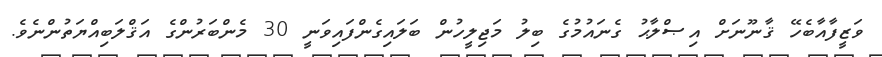
ވަޒީފާއާބެހޭ ޤާނޫނަށް އިޞްލާޙު ގެނައުމުގެ ބިލު މަޖިލީހުން ބަލައިގެންފައިވަނީ 30 މެންބަރުންގެ އަޤްލަބިއްޔަތުންނެވެ.